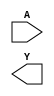
/**
 * Copyright 2020 The SkyWater PDK Authors
 *
 * Licensed under the Apache License, Version 2.0 (the "License");
 * you may not use this file except in compliance with the License.
 * You may obtain a copy of the License at
 *
 *     https://www.apache.org/licenses/LICENSE-2.0
 *
 * Unless required by applicable law or agreed to in writing, software
 * distributed under the License is distributed on an "AS IS" BASIS,
 * WITHOUT WARRANTIES OR CONDITIONS OF ANY KIND, either express or implied.
 * See the License for the specific language governing permissions and
 * limitations under the License.
 *
 * SPDX-License-Identifier: Apache-2.0
 */

`ifndef SKY130_FD_SC_MS__CLKDLYINV5SD3_SYMBOL_V
`define SKY130_FD_SC_MS__CLKDLYINV5SD3_SYMBOL_V

/**
 * clkdlyinv5sd3: Clock Delay Inverter 5-stage 0.50um length inner
 *                stage gate.
 *
 * Verilog stub (without power pins) for graphical symbol definition
 * generation.
 *
 * WARNING: This file is autogenerated, do not modify directly!
 */

`timescale 1ns / 1ps
`default_nettype none

(* blackbox *)
module sky130_fd_sc_ms__clkdlyinv5sd3 (
    //# {{data|Data Signals}}
    input  A,
    output Y
);

    // Voltage supply signals
    supply1 VPWR;
    supply0 VGND;
    supply1 VPB ;
    supply0 VNB ;

endmodule

`default_nettype wire
`endif  // SKY130_FD_SC_MS__CLKDLYINV5SD3_SYMBOL_V